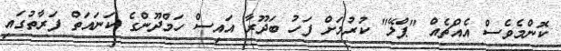
ކޮންމެވެސް އެއްޗެއް "ޕްލޭ" ކުރުމަށް ފަހު ބަދޫރާ އައިސް ހަމްދޫންގެ ކަނައަތް ފަރާތުގައި